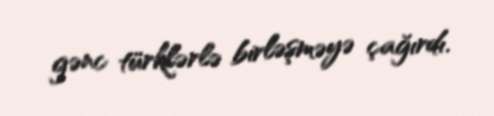
gənc türklərlə birləşməyə çağırdı.